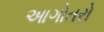
આગોતરો